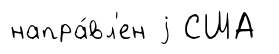
напра́вл'ен j США